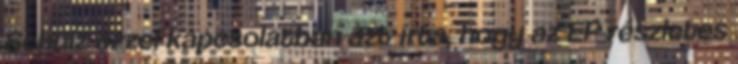
Schulz ezzel kapcsolatban azt írta, hogy az EP részletes